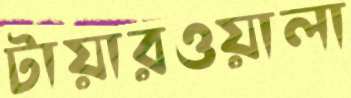
টায়ারওয়ালা